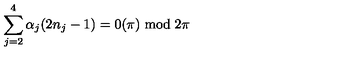
\sum _ { j = 2 } ^ { 4 } \alpha _ { j } ( 2 n _ { j } - 1 ) = 0 ( \pi ) \bmod 2 \pi